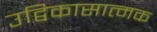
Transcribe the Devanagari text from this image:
उद्विकासात्मक